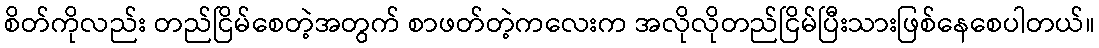
စိတ်ကိုလည်း တည်ငြိမ်စေတဲ့အတွက် စာဖတ်တဲ့ကလေးက အလိုလိုတည်ငြိမ်ပြီးသားဖြစ်နေစေပါတယ်။